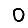
Digit: 0